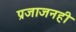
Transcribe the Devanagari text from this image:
प्रजाजनही